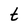
Character: t